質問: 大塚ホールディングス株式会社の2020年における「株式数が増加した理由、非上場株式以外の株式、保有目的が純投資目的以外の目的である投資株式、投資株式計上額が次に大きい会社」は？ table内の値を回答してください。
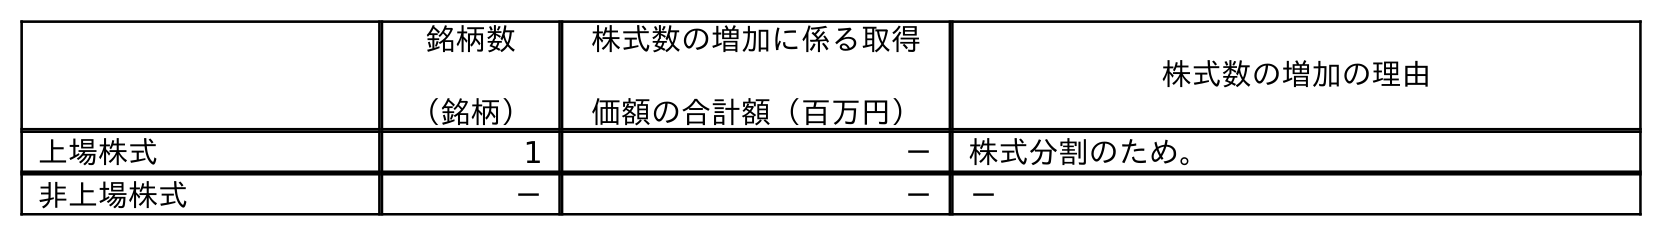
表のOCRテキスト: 銘柄数 （銘柄） 株式数の増加に係る取得 価額の合計額（百万円） 株式数の増加の理由 上場株式 1 － 株式分割のため。 非上場株式 － － －
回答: －